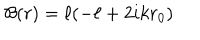
{ \cal B } ( r ) = \ell ( - \ell + 2 i k r _ { 0 } )